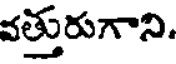
వత్తురుగాని.